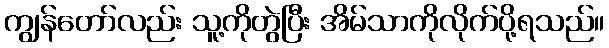
ကျွန်တော်လည်း သူ့ကိုတွဲပြီး အိမ်သာကိုလိုက်ပို့ရသည်။